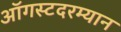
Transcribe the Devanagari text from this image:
ऑगस्टदरम्यान